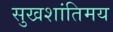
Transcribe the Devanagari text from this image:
सुखशांतिमय